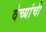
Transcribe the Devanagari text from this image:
वेच्यांची